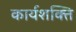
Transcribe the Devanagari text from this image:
कार्यशक्‍ति